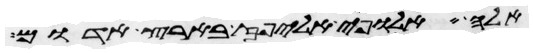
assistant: אלה אלופי אליפז בארץ אדום